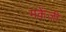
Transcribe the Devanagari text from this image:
मकेंजी